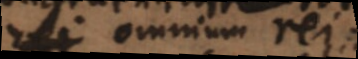
rei omnium rei